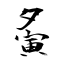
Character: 夤